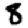
Digit: 8